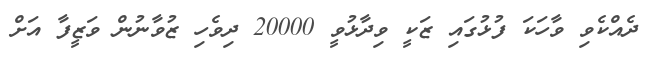
ދެއްކެވި ވާހަކަ ފުޅުގައި ޒަކީ ވިދާޅުވީ 20000 ދިވެހި ޒުވާނުން ވަޒީފާ އަށް